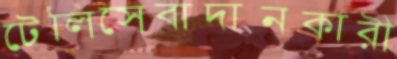
টেলিসেবাদানকারী